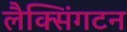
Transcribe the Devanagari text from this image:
लैक्सिंगटन